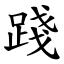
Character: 踐